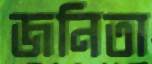
জনিতা